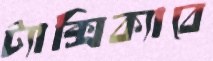
ট্যাক্সিক্যাবে